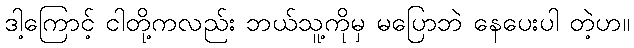
ဒါ့ကြောင့် ငါတို့ကလည်း ဘယ်သူ့ကိုမှ မပြောဘဲ နေပေးပါ တဲ့ဟ။